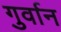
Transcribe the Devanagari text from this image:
गुर्वान